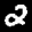
Label: 2